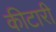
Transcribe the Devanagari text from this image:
कीटारी